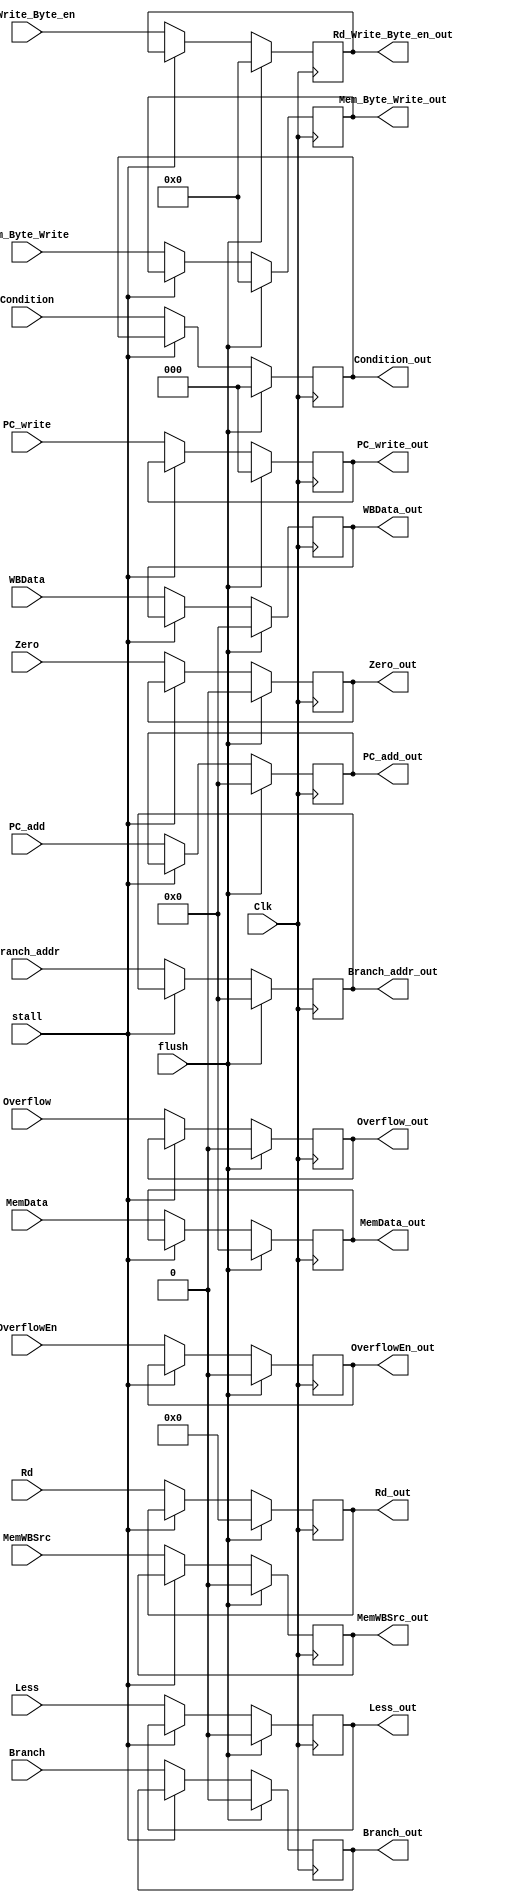
module EX_MEM_Seg(
input Clk,
input stall,
input flush,

input [31:0] Branch_addr,PC_add,
input [2:0] Condition,
input Branch,
input [2:0]PC_write,
input [3:0]Mem_Byte_Write,Rd_Write_Byte_en,
input MemWBSrc,OverflowEn,
input [31:0] MemData,WBData,
input Less,Zero,Overflow,
input [4:0]Rd,


output reg [31:0] Branch_addr_out,PC_add_out,
output reg [2:0] Condition_out,
output reg Branch_out,
output reg [2:0]PC_write_out,
output reg [3:0]Mem_Byte_Write_out,Rd_Write_Byte_en_out,
output reg MemWBSrc_out,OverflowEn_out,
output reg [31:0] MemData_out,WBData_out,
output reg Less_out,Zero_out,Overflow_out,
output reg [4:0]Rd_out
);

always@(posedge Clk)
begin
if(flush)
begin
	OverflowEn_out <= 1'b0;
	Branch_addr_out <= 32'b0;
	PC_add_out <= 32'b0;
	Condition_out <= 3'b0;
	Branch_out <= 1'b0;
	PC_write_out =3'b0;
	Mem_Byte_Write_out <= 4'b0;
	Rd_Write_Byte_en_out <= 4'b0;
	MemWBSrc_out <= 1'b0;
	MemData_out <= 32'h0;
	WBData_out <= 32'b0;
	Less_out <= 1'b0;
	Zero_out <= 1'b0;
	Overflow_out  <= 1'b0;
	Rd_out <= 5'b0;
end
else if(~stall)
begin
	OverflowEn_out <= OverflowEn;
	Branch_addr_out <= Branch_addr;
	PC_add_out <= PC_add;
	Condition_out <= Condition;
	Branch_out <= Branch;
	PC_write_out = PC_write;
	Mem_Byte_Write_out <= Mem_Byte_Write;
	Rd_Write_Byte_en_out <= Rd_Write_Byte_en;
	MemWBSrc_out <= MemWBSrc;
	MemData_out <= MemData;
	WBData_out <= WBData;
	Less_out <= Less;
	Zero_out <= Zero;
	Overflow_out  <= Overflow;
	Rd_out <= Rd;
end
end
endmodule